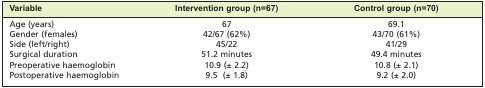
<table><thead><tr><td><b>Variable</b></td><td><b>Intervention group (n=67)</b></td><td><b>Control group (n=70)</b></td></tr></thead><tbody><tr><td>Age (years)</td><td>67</td><td>69.1</td></tr><tr><td>Gender (females)</td><td>42/67 (62%)</td><td>43/70 (61%)</td></tr><tr><td>Side (left/right)</td><td>45/22</td><td>41/29</td></tr><tr><td>Surgical duration</td><td>51.2 minutes</td><td>49.4 minutes</td></tr><tr><td>Preoperative haemoglobin</td><td>10.9 (± 2.2)</td><td>10.8 (± 2.1)</td></tr><tr><td>Postoperative haemoglobin</td><td>9.5 (± 1.8)</td><td>9.2 (± 2.0)</td></tr></tbody></table>